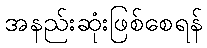
အနည်းဆုံးဖြစ်စေရန်